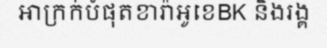
អាក្រក់បំផុតខារ៉ាអូខេBK និងរង្គ